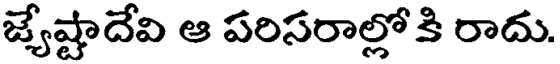
జ్యేష్టాదేవి ఆ పరిసరాల్లోకి రాదు.